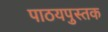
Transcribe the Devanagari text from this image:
पाठयपुस्तक